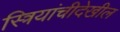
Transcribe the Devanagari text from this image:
स्त्रियांचीदेखील